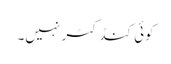
کوئی کنڈکٹر نہیں۔